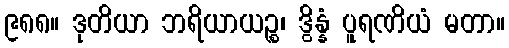
၉၈၈။ ဒုတိယာ ဘရိယာယဉ္စ၊ ဒွိန္နံ ပူရဏိယံ မတာ။